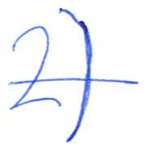
Text: 2)
Cross-out: single-line
Writing tool: ballpoint